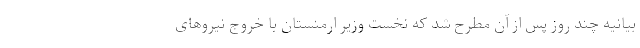
بیانیه چند روز پس از آن مطرح شد که نخست وزیر ارمنستان با خروج نیروهای